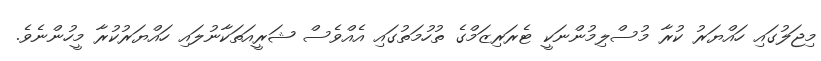
މިޖަލުގައި ހައްޔަރު ކުރާ މުސްލިމުންނަކީ ޓެރަރިޒަމްގެ ތުހުމަތުގައި އެއްވެސް ޝަރީއަތަކާނުލައި ހައްޔަރުކުރާ މީހުންނެވެ.